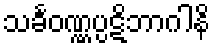
သင်္ခဝဏ္ဏပ္ပဋိဘာဂါနိ